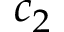
c _ { 2 }